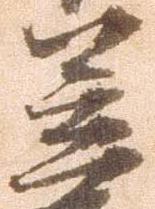
笠